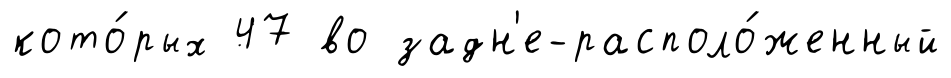
кото́рых 47 во задн'е-располо́женный